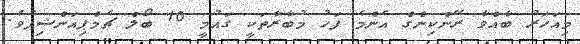
މިއަހަރު ބާއްވާ ރޭންކިންގް އެންމެ ފަހު މުބާރާތަކީ ގައުމީ 10 ބޯލް ޗެމްޕިއަންޝިޕެވެ.